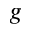
g